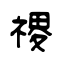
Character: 禝